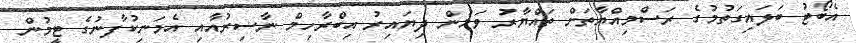
އެބޯޓު ބަލައިގަތުމުގެ ރަސްމިއްޔާތަށް ތައްޔާރު ވަމުން ދިޔައިރު އިބްރާހިމް ނާސިރުއާއި އެމަނިކުފާނުގެ ޓީމުން